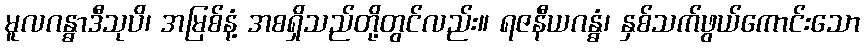
မူလဂန္ဓာဒီသုပိ၊ အမြစ်နံ့ အစရှိသည်တို့တွင်လည်း။ ရဇနီယဂန္ဓံ၊ နှစ်သက်ဖွယ်ကောင်းသော